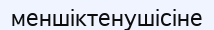
меншіктенушісіне